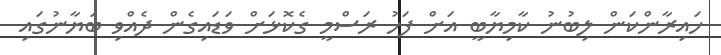
ހައިރާންކަން ލިބުނު ކާމިޔާބީ އަށް ފަހު ރަސްމީ ގެކޮޅަށް ވަޑައިގެން ދެއްވި ބަޔާނުގައި